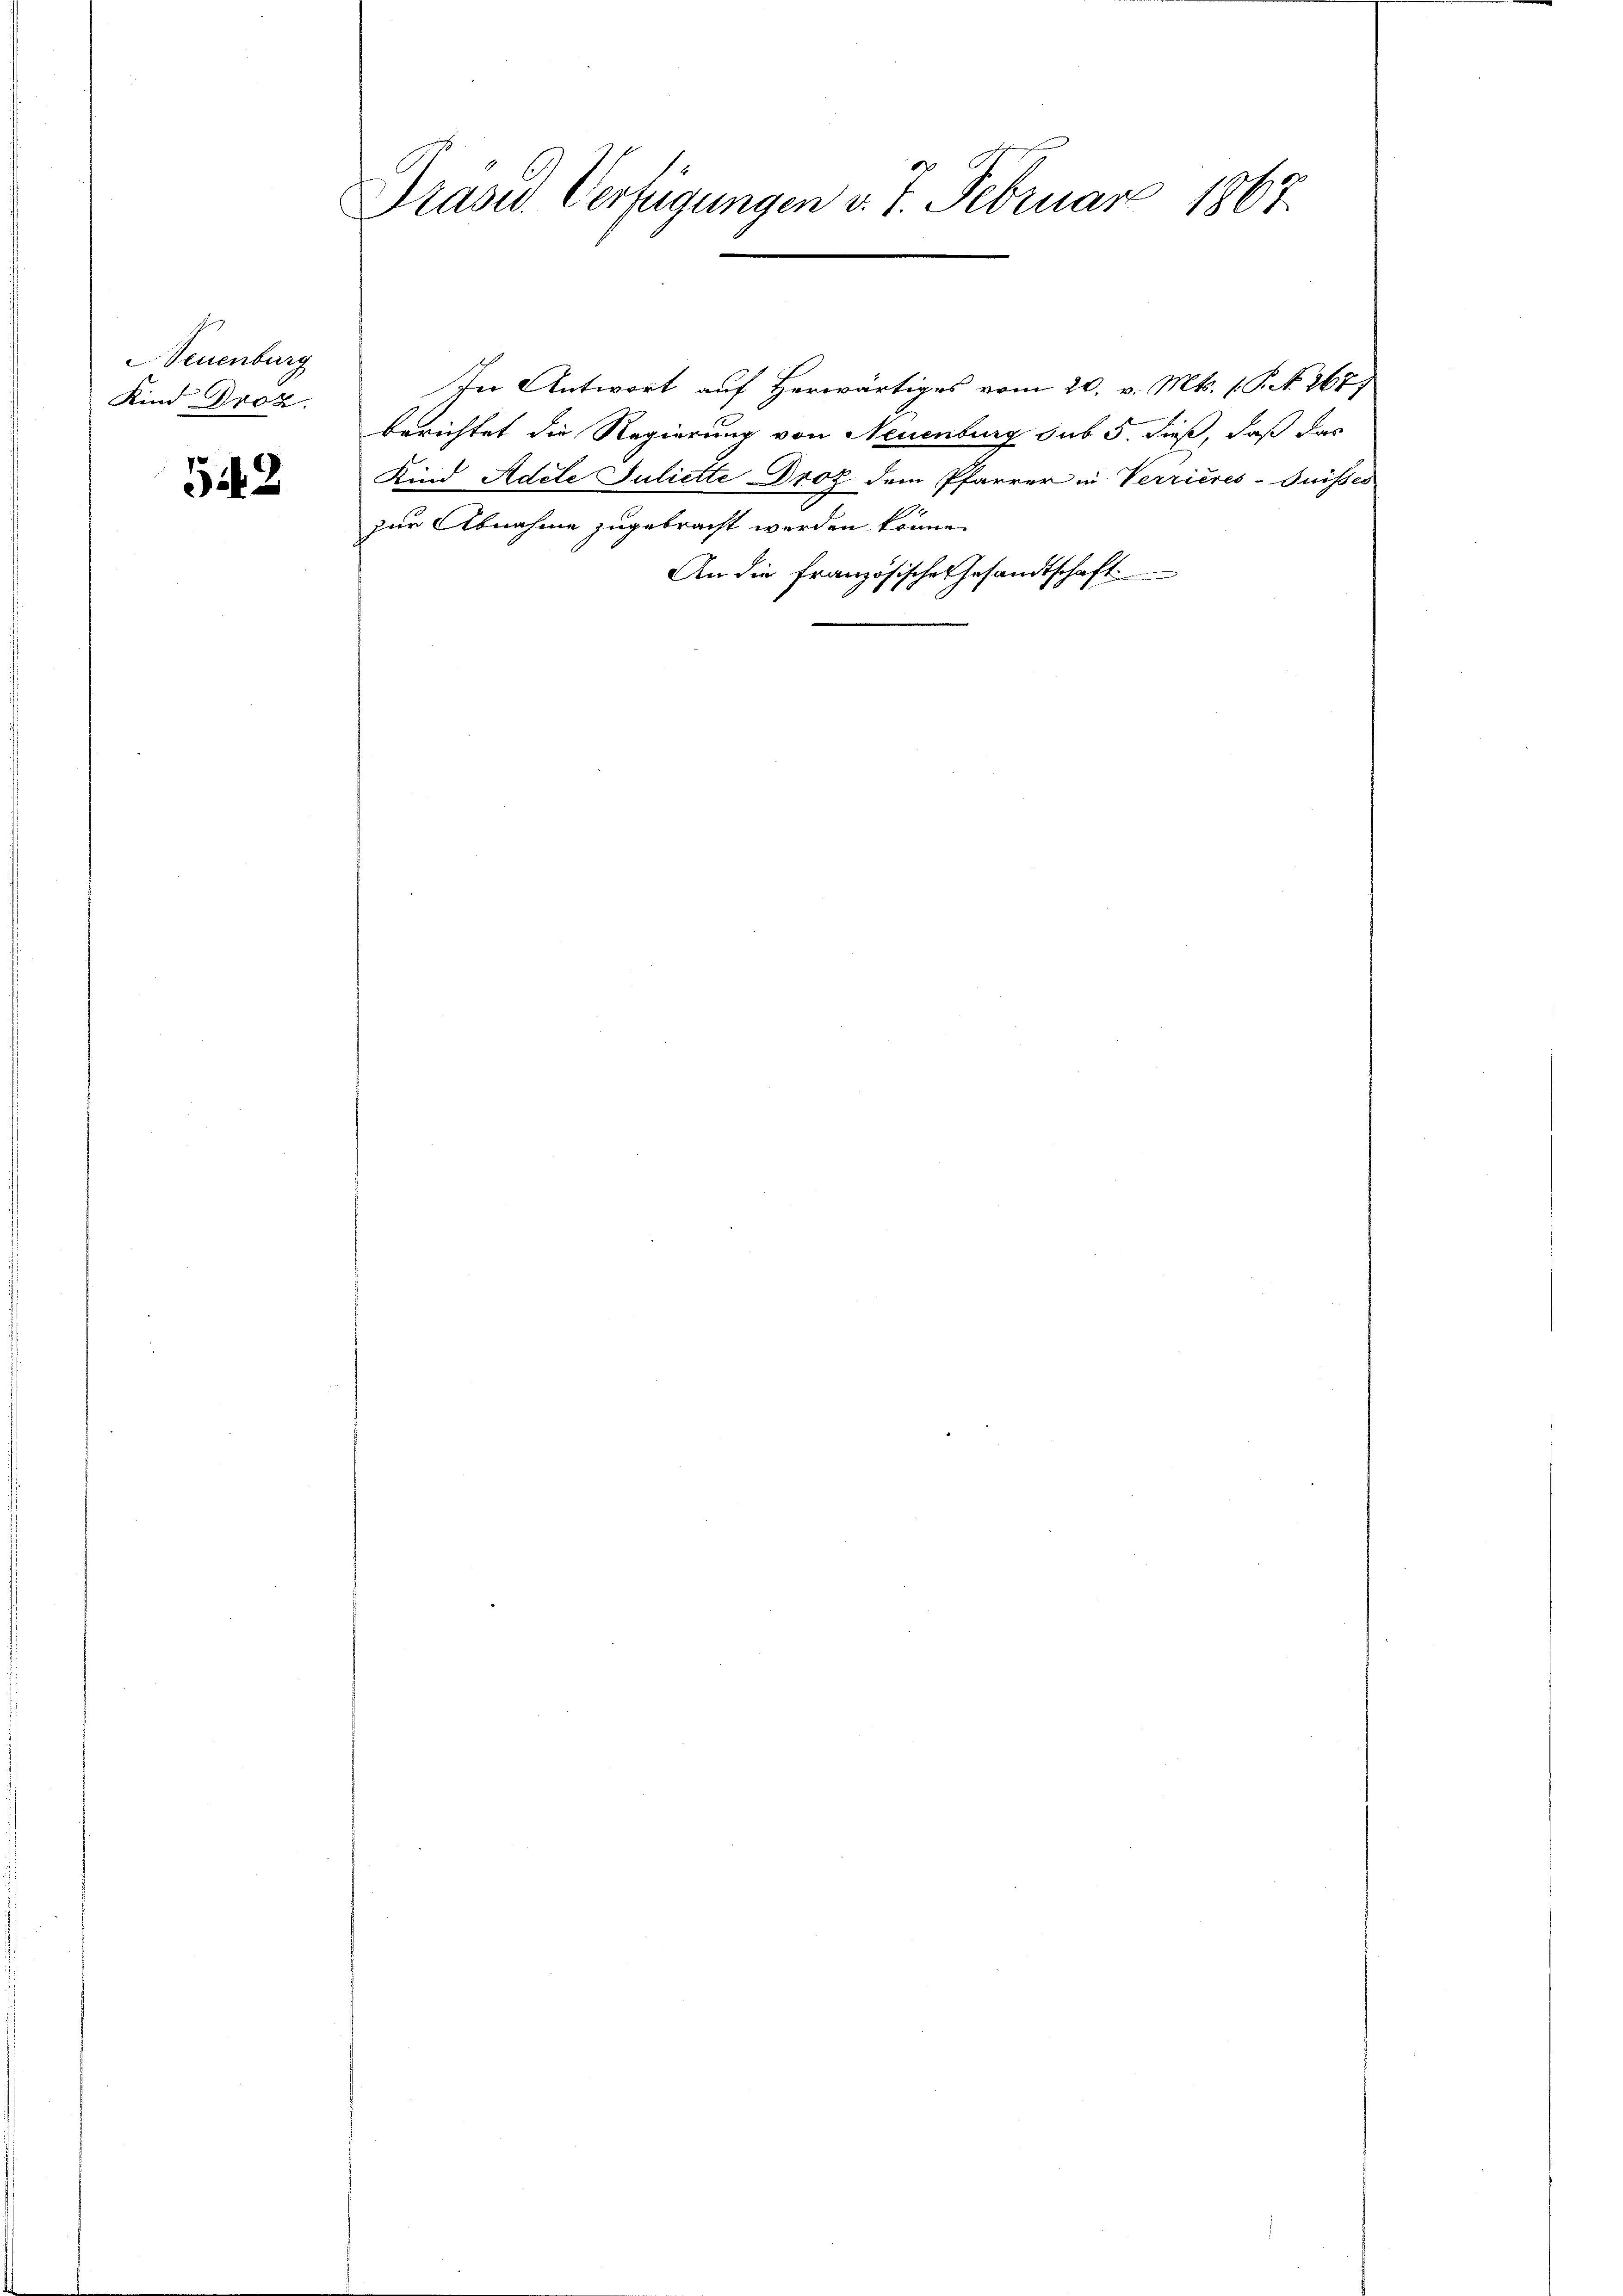
Neuenburg
Kind Droz.

542

1867.
Präsid. Verfügungen v. J. Februar

In Antwort auf Herwärtiges vom 20. v. Mts. (T. N. 267,
berichtet die Regierung von Neuenburg sub 5. dieß, daß das
Kind Adele Juliette Droz dem Pfarrer in Verrieres-Suisses
zur Abnahme zugebracht werden könne.
An die Französische Gesandtschaft